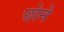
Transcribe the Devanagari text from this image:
छोने